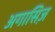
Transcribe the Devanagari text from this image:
अगासिज़